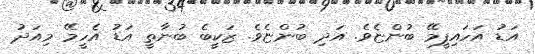
އަޑު އަހައިފީމޭ ބުންޏެވެ. އަދި ބުންޏެވެ. ޒަކީބެ ބުނާތީ އަޑު އެހީމޭ މިއަދު